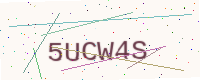
Text: 5UCW4S